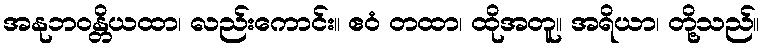
အနုဘဝန္တိယထာ၊ လည်းကောင်း။ ဧဝံ တထာ၊ ထိုအတူ။ အရိယာ၊ တို့သည်။